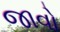
જાવો